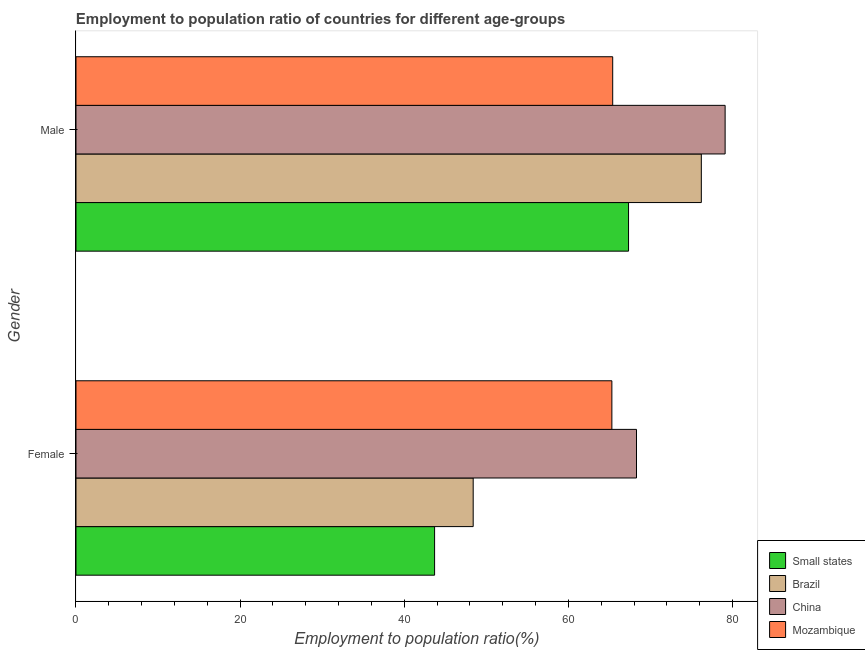
| Gender | Small states | Brazil | China | Mozambique |
 | --- | --- | --- | --- | --- |
 | Female | 43.7 | 48.4 | 68.3 | 65.3 |
 | Male | 67.3 | 76.2 | 79.1 | 65.4 |